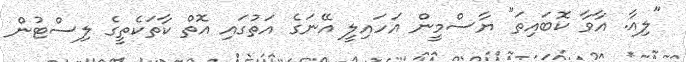
"ލިއާ. އާވާ ކޮބައިތަ" ޔާސްމީން އަހައިލީ އޭނަގެ އަތުގައި އޮތް ކާތަކެތީގެ ލިސްޓުން